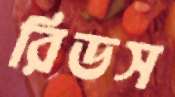
রিডস